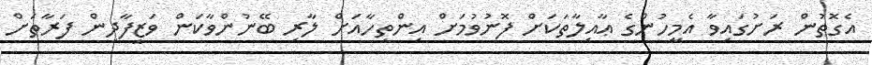
އެގޮތުން ރަށުގައިވާ އެމީހުންގެ ޢާއިލާތަކަށް ފޮނުވުމަށް އިންތިހާއަށް ލާރި ބޭނުންވާކަން ވަޒީފާދިން ފަރާތަށް